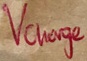
Text: Vcharge